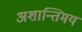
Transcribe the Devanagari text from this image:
अशान्तिमय